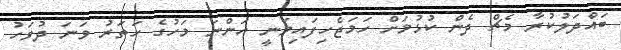
ބައްދަލުކުރާ މެޗް ދެން ކުޅުމަށް ހަމަޖެހިފައިވަނީ އަންނަ މަހުގެ ހަތަރު ވަނަ ދުވަހު